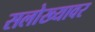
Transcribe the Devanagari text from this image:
सलोख्यावर